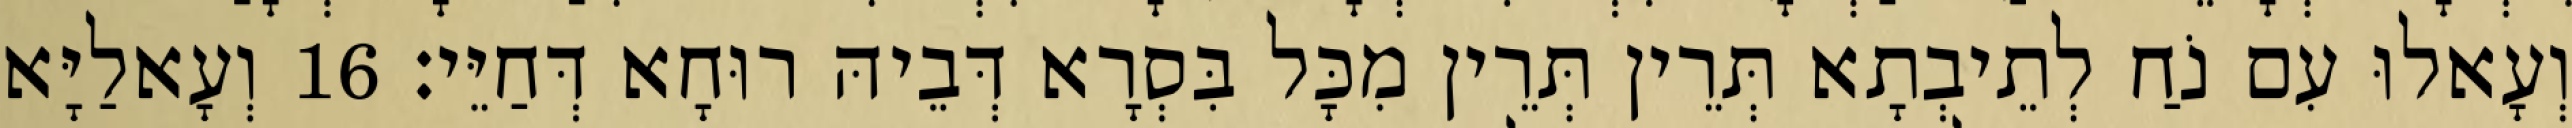
וְעָאלוּ עִם נֹחַ לְתֵיבְתָא תְּרֵין תְּרֵין מִכָּל בִּסְרָא דְּבֵיהּ רוּחָא דְּחַיֵּי׃ 16 וְעָאלַיָּא